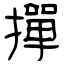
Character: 撣